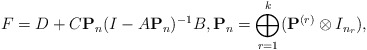
\begin{align*}F = D +C\mathbf{P}_n(I-A\mathbf{P}_n)^{-1}B,\mathbf{P}_n=\bigoplus_{r=1}^k(\mathbf{P}^{(r)}\otimes I_{n_r}),\end{align*}